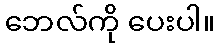
ဘေလ်ကို ပေးပါ။